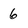
Character: 6